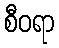
စီဝရာ